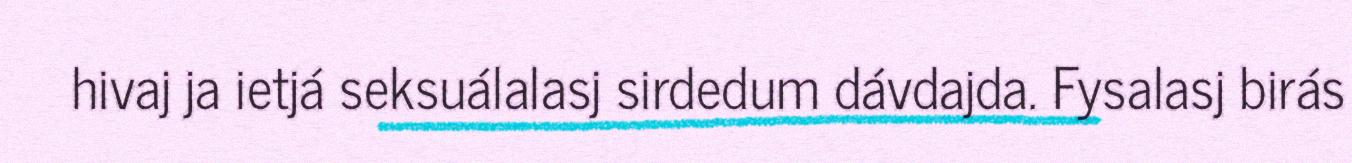
hivaj ja ietjá seksuálalasj sirdedum dávdajda. Fysalasj birás